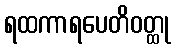
ရထကာရပေတိဝတ္ထု